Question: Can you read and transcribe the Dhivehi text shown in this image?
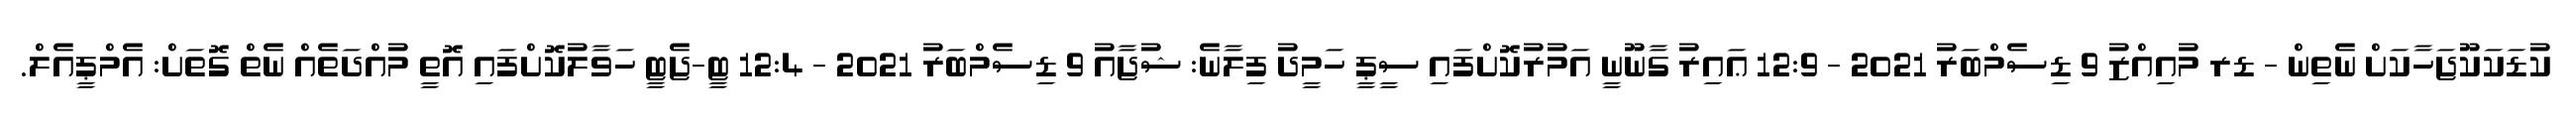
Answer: ކުޑަކަކޫޖަހާކަށް ނެތިން - ޑރ މުއިއްޒު 9 ޑިސެމްބަރު 2021 - 12:9 ޢައިރު ގާނޫނީ އަމުރުކޮށްފައި ސީޕީ ހަމީދު ފިލާނެ: ޝުޖާއު 9 ޑިސެމްބަރު 2021 - 12:4 ޓީ-ޖެޓީ ހަވާލުކޮށްފައި އޮތީ މުއްދަތެއް ނެތް ގޮތަށް: އެމްޕީއެލް.